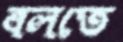
বলতে